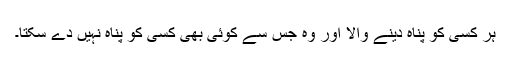
ہر کسی کو پناہ دینے والا اور وہ جس سے کوئی بھی کسی کو پناہ نہیں دے سکتا۔